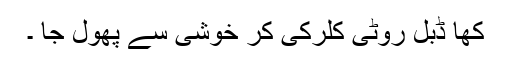
کھا ڈبل روٹی کلرکی کر خوشی سے پھول جا ۔